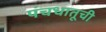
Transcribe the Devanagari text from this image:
पंचधातूची